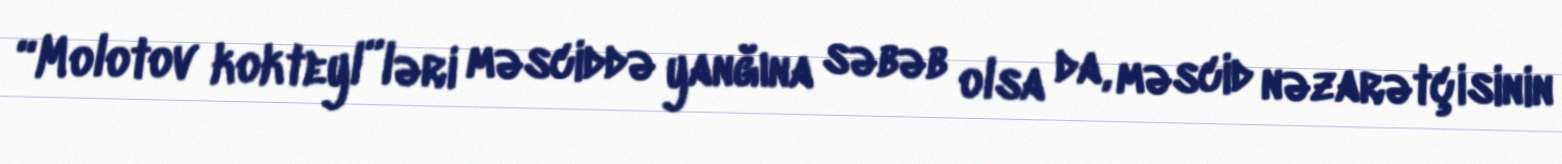
“Molotov kokteyl”ləri məsciddə yanğına səbəb olsa da, məscid nəzarətçisinin